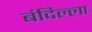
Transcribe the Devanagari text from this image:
बंदिल्ला